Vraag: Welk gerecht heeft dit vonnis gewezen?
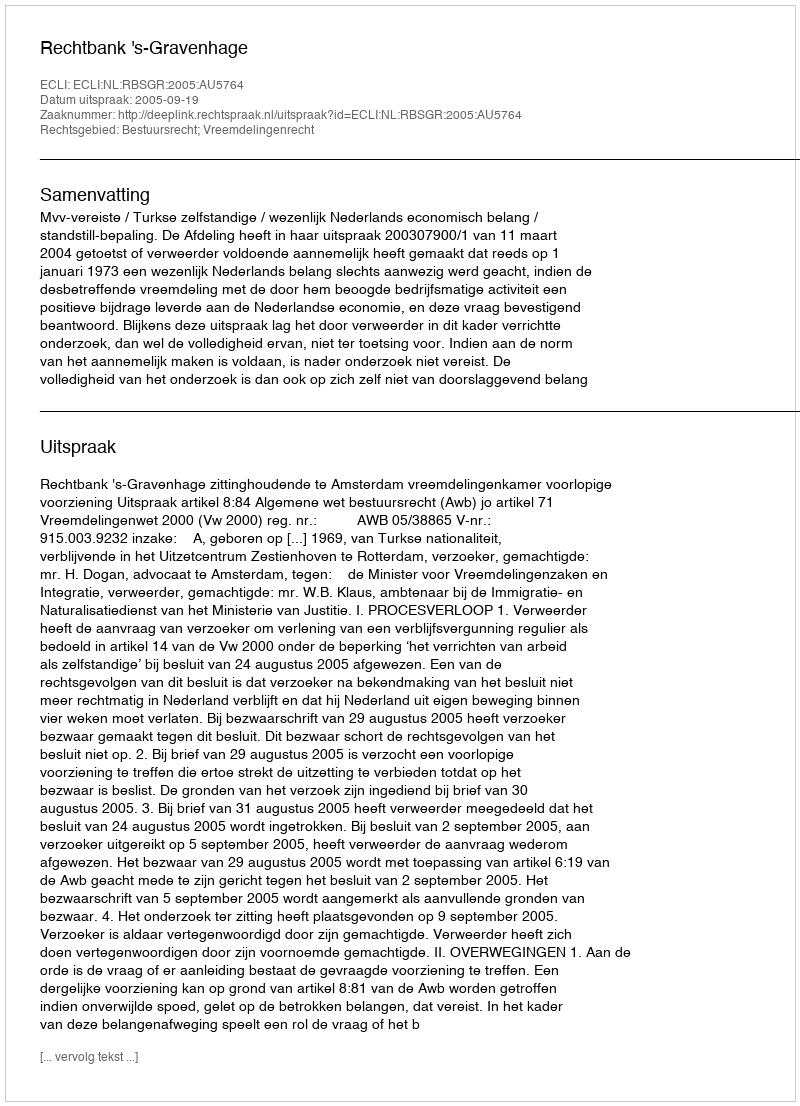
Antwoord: Rechtbank 's-Gravenhage